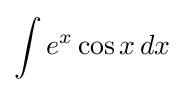
\int e^{x}\cos x\,dx